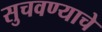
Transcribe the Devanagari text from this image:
सुचवण्याचे